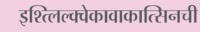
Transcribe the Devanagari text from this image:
इश्त्लिल्क्वेकावाकात्सिनची